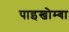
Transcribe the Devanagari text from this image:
पाइखोम्बा